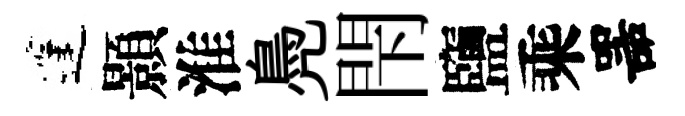
蓬顥淮鳧閇鹽乘噐